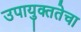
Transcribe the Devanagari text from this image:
उपायुक्ततेचा